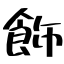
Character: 飾